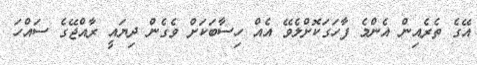
އޭގެ ތެރެއިން އެންމެ ފާހަގަކޮށްލެވޭ އެއް ހިސާބަކަށް ވެގެން ދިޔައީ ރާއްޖޭގެ ސައްހަ